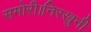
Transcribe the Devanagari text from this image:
समोरी।निरखुनी